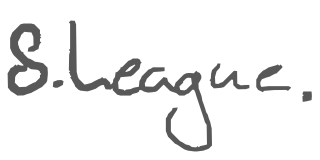
Text: S.League.
Cross-out: clean
Writing tool: digital_gray